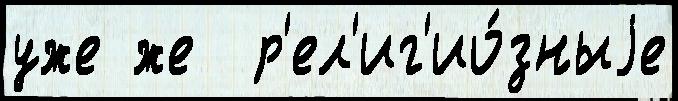
уже же  р'ел'иг'ио́зныjе